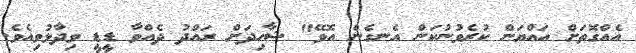
އެއްގޮތަށް އައްޔަން ކުރެވުނުކަން އެނގެން އޮވޭ" ޝާހިދަށް ރައްދު ދެއްވާ ޑީޑީ ވިދާޅުވިއެވެ.